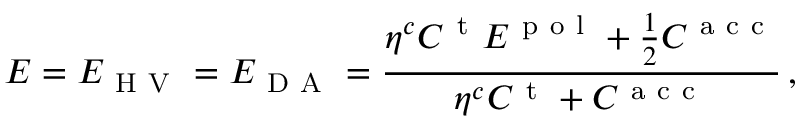
E = E _ { \mathrm { ~ H ~ V ~ } } = E _ { \mathrm { ~ D ~ A ~ } } = \frac { { \eta } ^ { c } C ^ { \mathrm { ~ t ~ } } E ^ { \mathrm { ~ p ~ o ~ l ~ } } + \frac { 1 } { 2 } C ^ { \mathrm { ~ a ~ c ~ c ~ } } } { { \eta } ^ { c } C ^ { \mathrm { ~ t ~ } } + C ^ { \mathrm { ~ a ~ c ~ c ~ } } } \, ,